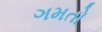
ગમતો